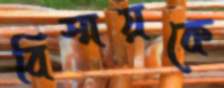
বিস্ময়কে